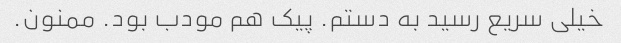
خیلی سریع رسید به دستم. پیک هم مودب بود. ممنون.